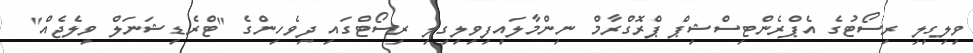
ވިލިގިލި ރިސޯޓުގެ އެޕްރެންޓިސްޝިޕް ޕްރޮގްރާމް ނިންމާލައިފިވިލިގިލި ރިސޯޓްގައި ދިވެހިންގެ "ޓްރެޑިޝަނަލް ވިލެޖެއް"